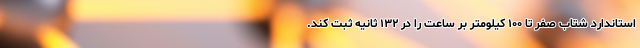
استاندارد شتاب صفر تا ۱۰۰ کیلومتر بر ساعت را در ۱۳۲ ثانیه ثبت کند.